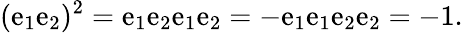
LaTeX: (\mathrm{e}_{1}\mathrm{e}_{2})^{2}=\mathrm{e}_{1}\mathrm{e}_{2}\mathrm{e}_{1}\mathrm{e}_{2}=-\mathrm{e}_{1}\mathrm{e}_{1}\mathrm{e}_{2}\mathrm{e}_{2}=-1.